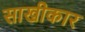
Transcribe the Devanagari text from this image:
साखीकार